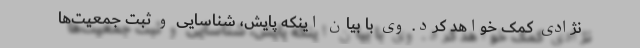
نژادی کمک خواهد کرد. وی با بیان اینکه پایش، شناسایی و ثبت جمعیت‌ها